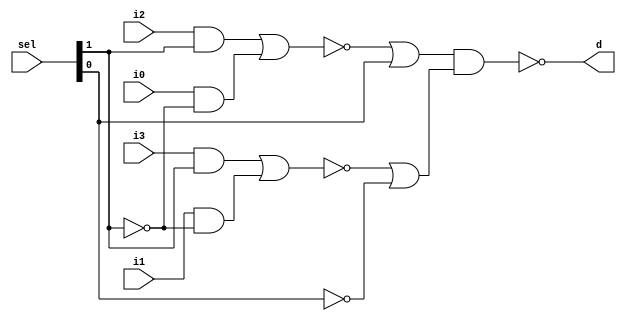
`timescale 1ns / 1ps
//////////////////////////////////////////////////////////////////////////////////
// Company: 
// Engineer: 
// 
// Design Name: 
// Module Name: Mux_structural
// Project Name: 
// Target Devices: 
// Tool Versions: 
// Description: 
// 
// Dependencies: 
// 
// Revision:
// Revision 0.01 - File Created
// Additional Comments:
// 
//////////////////////////////////////////////////////////////////////////////////


module Mux_structural(
    input [1:0] sel,
    input i0, i1, i2, i3,
    output d
    );

    wire [1:0] sel_b;
    not not0 (sel_b[0], sel[0]);
    not not1 (sel_b[1], sel[1]);
    wire n0, n1, n2, n3;
    and and0 (n0, i2, sel[1]);
    and and1 (n1, i0, sel_b[1]);
    and and2 (n2, i3, sel[1]);
    and and3 (n3, i1, sel_b[1]);

    wire x0, x1;

    nor nor0 (x0, n0, n1);
    nor nor1 (x1, n2, n3);

    wire y0, y1;
    or or0 (y0, x0, sel[0]);
    or or1 (y1, x1, sel_b[0]);
    nand nand0 (d, y0, y1);
    
endmodule